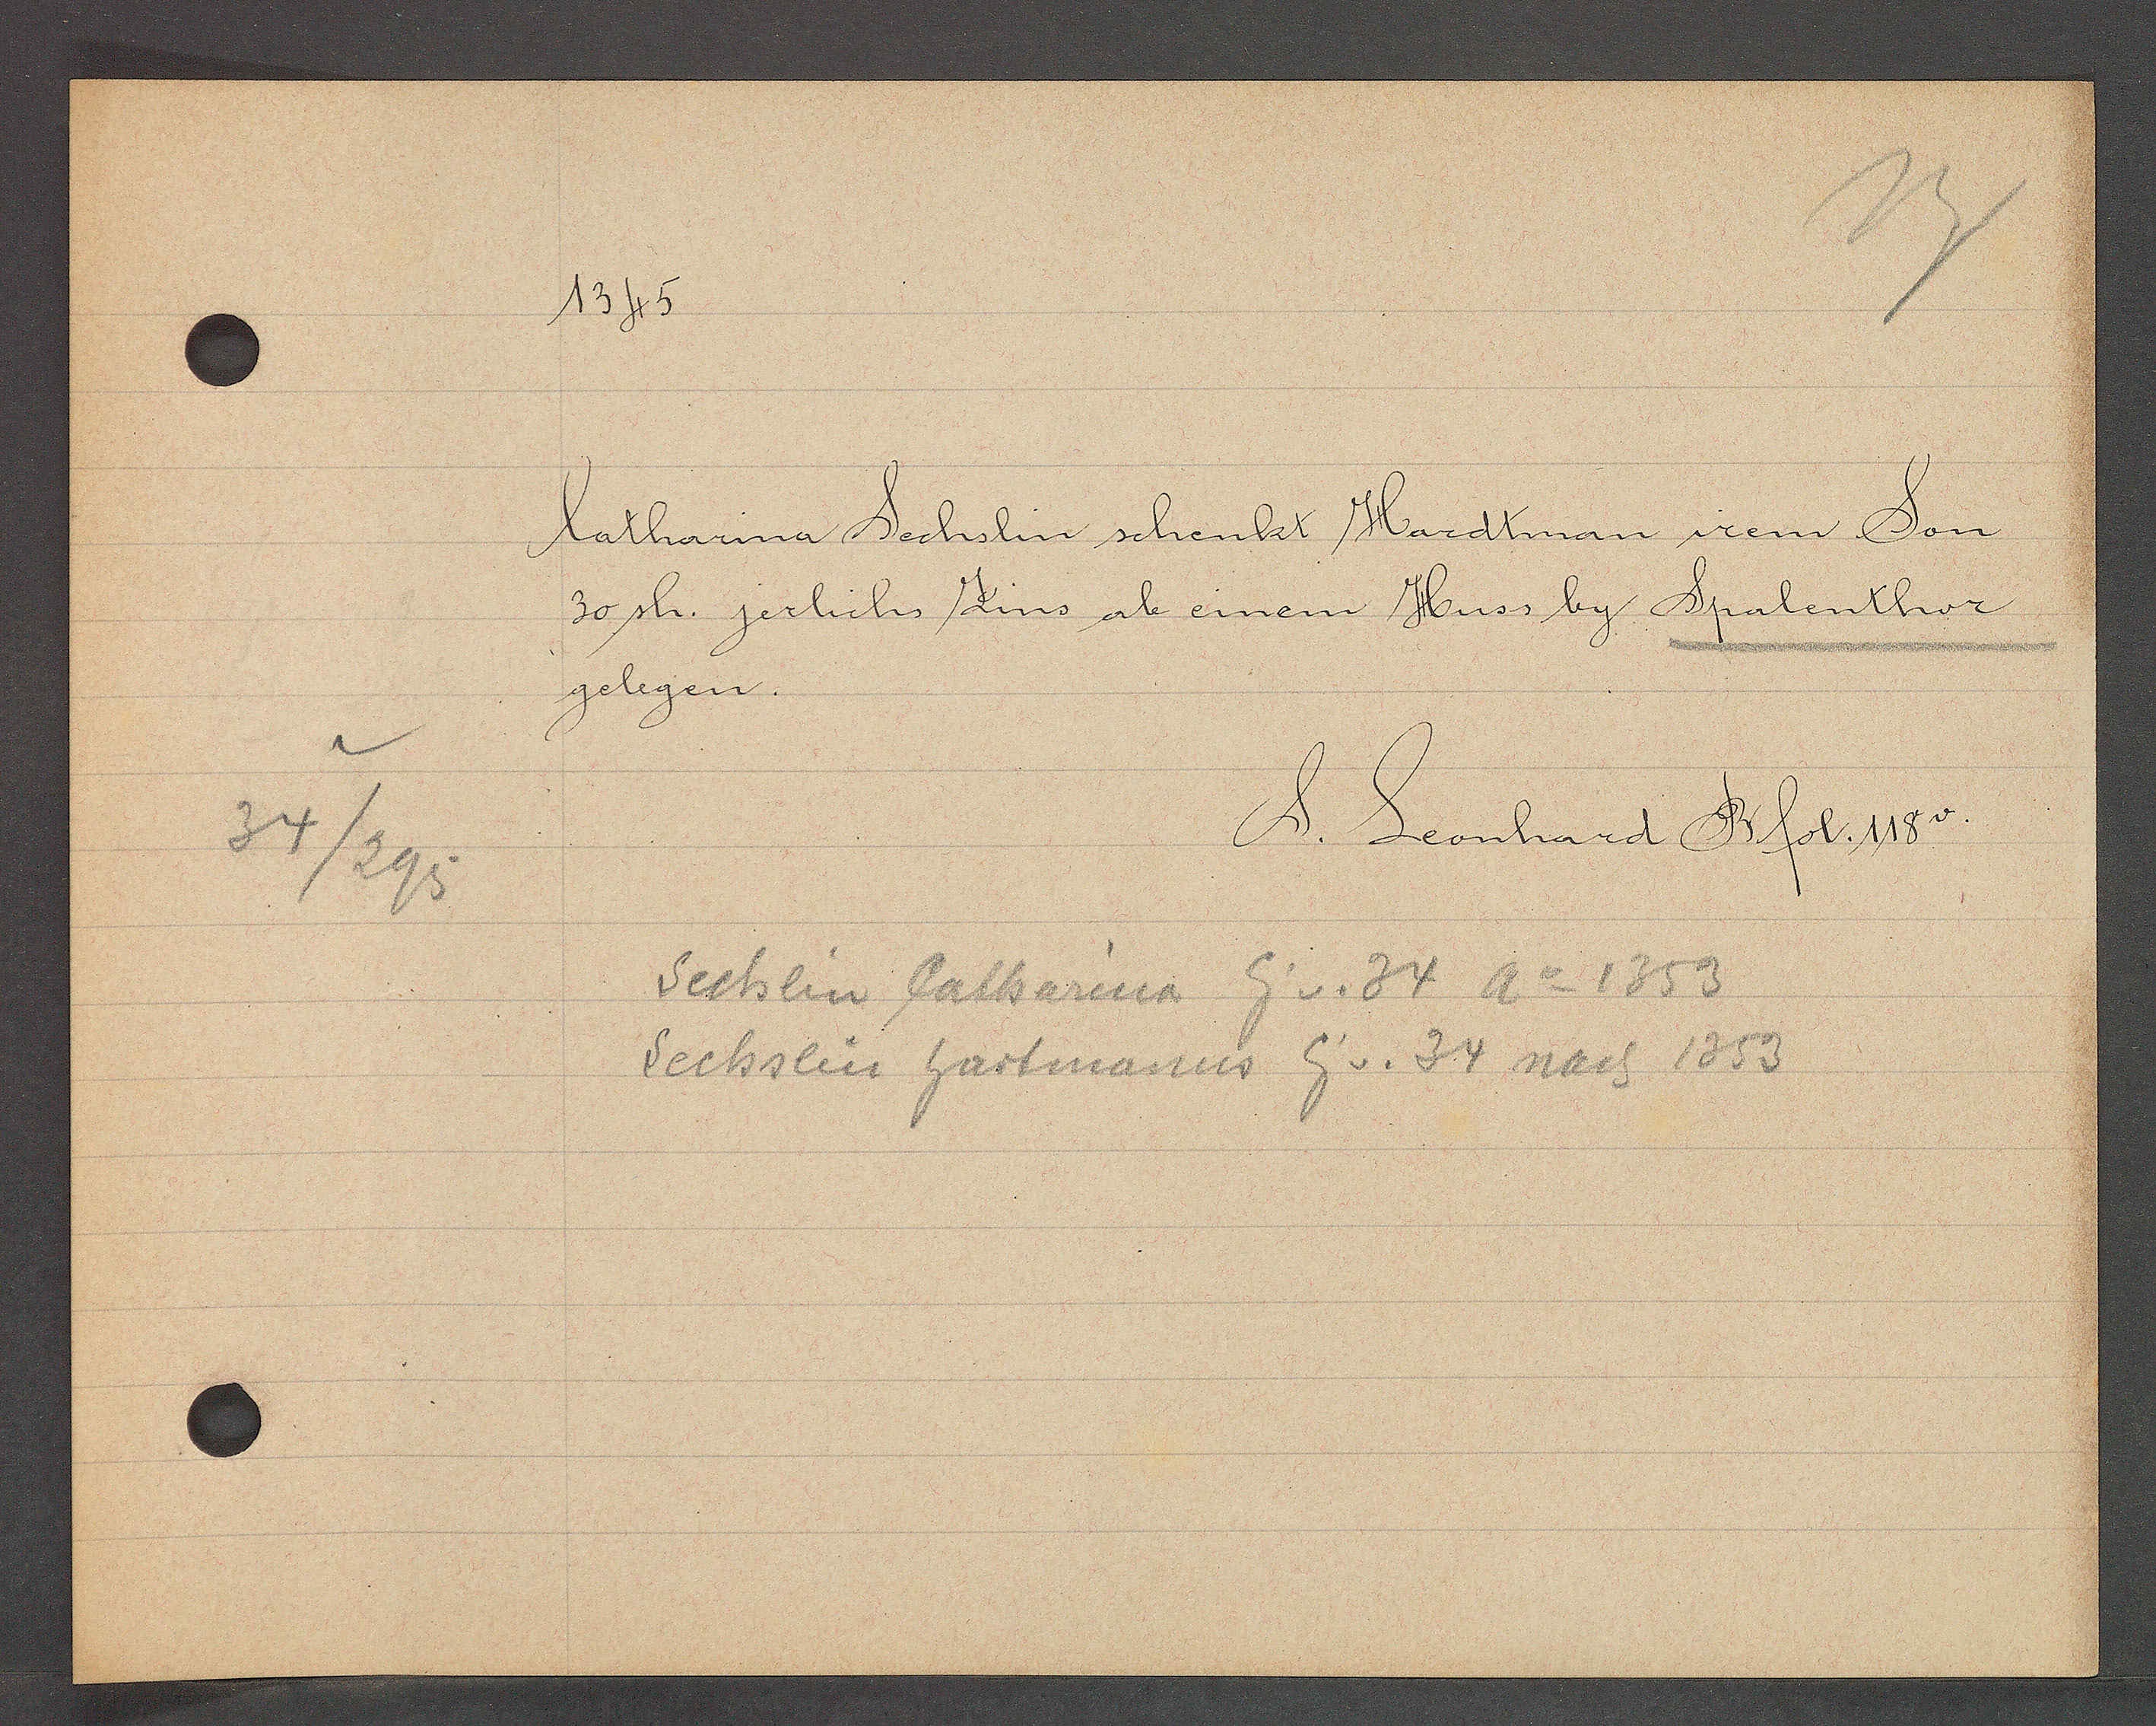
Transcript:
34
295

1345

Catharina Sechslin schenkt Hardtman irem Son
30 sh. jerlichs Zins ab einem Huss by Spalenthor
gelegen.

S. Leonhard B. fol. 118

Eig v. 34 Ao 1353
Sechlin Katharina
Sechslin hartmanus Eig v. 34 nach 1353